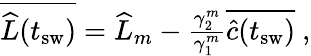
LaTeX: \begin{array}{r}{\overline{{\widehat{L}(t_{\mathrm{sw}})}}=\widehat{L}_{m}-\frac{\gamma_{2}^{m}}{\gamma_{1}^{m}}\overline{{\widehat{c}(t_{\mathrm{sw}})}}\ ,}\end{array}